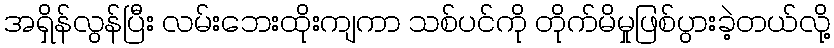
အရှိန်လွန်ပြီး လမ်းဘေးထိုးကျကာ သစ်ပင်ကို တိုက်မိမှုဖြစ်ပွားခဲ့တယ်လို့